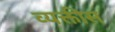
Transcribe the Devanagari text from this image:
व्‍यक्तीस